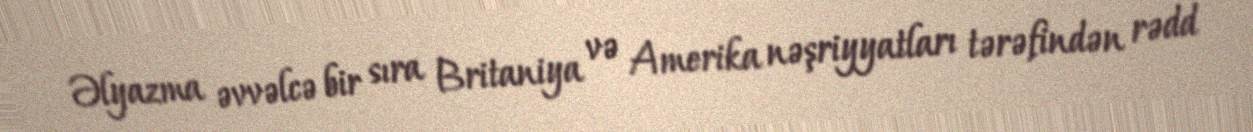
Əlyazma əvvəlcə bir sıra Britaniya və Amerika nəşriyyatları tərəfindən rədd